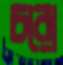
চরো